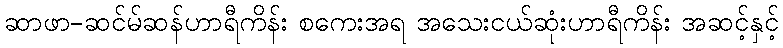
ဆာဖာ-ဆင်မ်ဆန်ဟာရီကိန်း စကေးအရ အသေးငယ်ဆုံးဟာရီကိန်း အဆင့်နှင့်